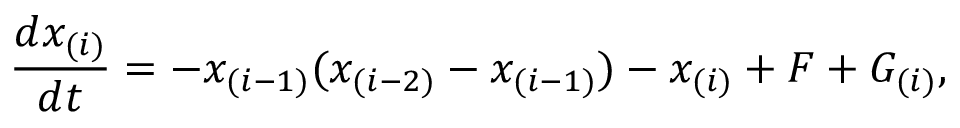
\frac { d x _ { ( i ) } } { d t } = - x _ { ( i - 1 ) } ( x _ { ( i - 2 ) } - x _ { ( i - 1 ) } ) - x _ { ( i ) } + F + G _ { ( i ) } ,